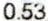
0.53